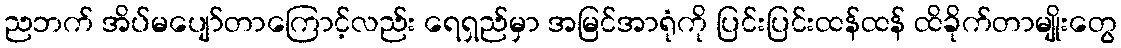
ညဘက် အိပ်မပျော်တာကြောင့်လည်း ရေရှည်မှာ အမြင်အာရုံကို ပြင်းပြင်းထန်ထန် ထိခိုက်တာမျိုးတွေ